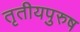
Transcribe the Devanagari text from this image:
तृतीयपुरुष